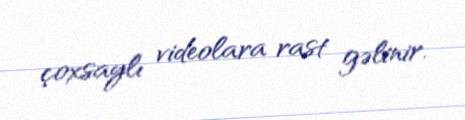
çoxsaylı videolara rast gəlinir.